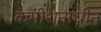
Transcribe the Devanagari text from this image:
कमीशनाधीन